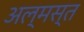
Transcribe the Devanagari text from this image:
अल्मस्त